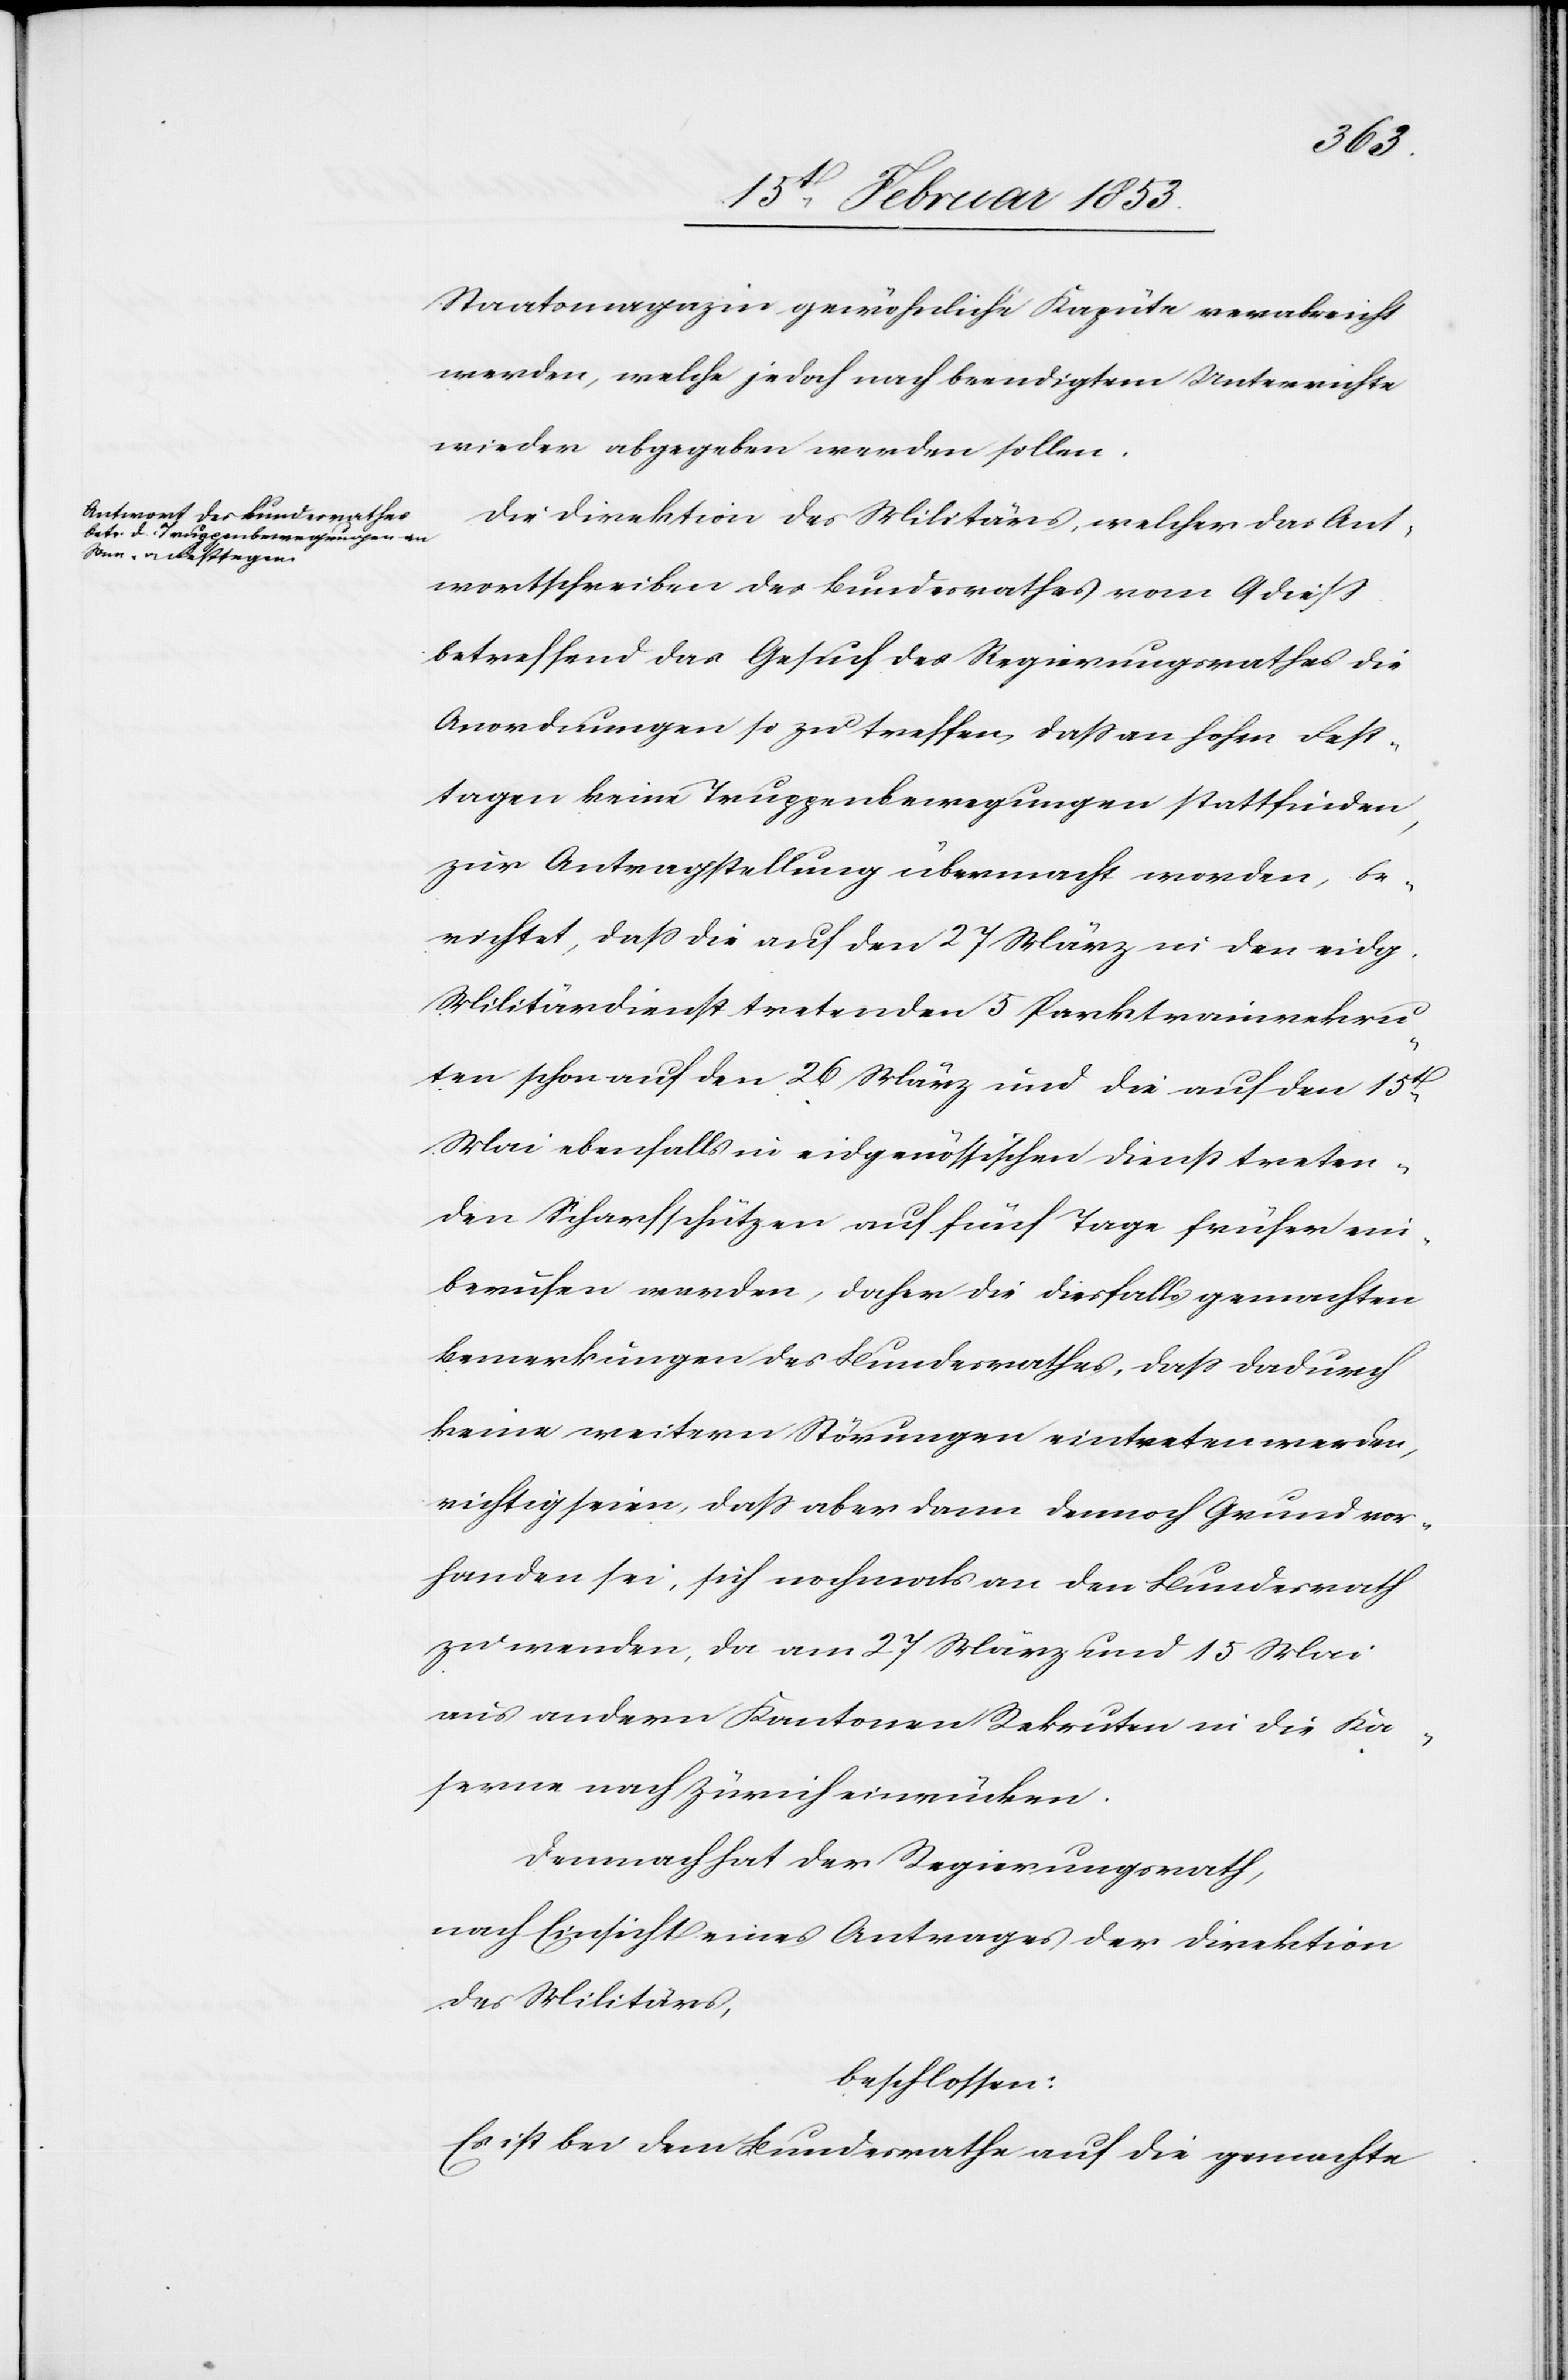
Staatsmagazin gewöhnliche Kapüte verabreicht
werden, welche jedoch nach beendigtem Unterrichte
wieder abgegeben werden sollen.
Die Direktion des Militärs, welcher das Ant¬
wortschreiben des Bundesrathes vom 9 dieß
betreffend das Gesuch des Regierungsrathes die
Anordnungen so zu treffen, daß an hohen Fest¬
tagen keine Truppenbewegungen stattfinden,
zur Antragsstellung übermacht worden, be¬
richtet, daß die auf den 27 März in den eidg.
Militärdienst tretenden 5 Parktrainrekru¬
ten schon auf den 26 März und die auf den 15
Mai ebenfalls in eidgenössischen Dienst treten¬
den Scharfschützen auf fünf Tage früher ein¬
berufen werden, daher die diesfalls gemachten
Bemerkungen des Bundesrathes, daß dadurch
keine weitern Störungen eintreten werden,
richtig seien, daß aber dann dennoch Grund vor¬
handen sei, sich nochmals an den Bundesrath
zu wenden, da am 27 März und 15 Mai
aus andern Kantonen Rekruten in die Ka¬
serne nach Zürich einrücken.
Demnach hat der Regierungsrath,
nach Einsicht eines Antrages der Direktion
des Militärs,
beschlossen:
Es ist bei dem Bundesrathe auf die gemachte